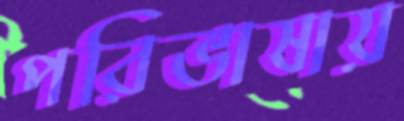
পরিভাষায়